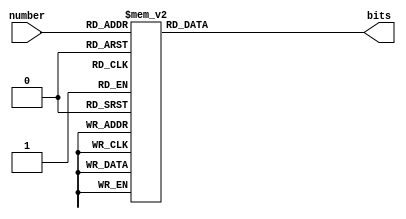
module sevenSegment(number,bits);
input [3:0] number;
output reg [6:0] bits=0;
always@(number)begin
	case(number)
	0: bits = 7'b1000000;
	1: bits = 7'b1111001;
	2: bits = 7'b0100100;
	3: bits = 7'b0110000;
	4: bits = 7'b0011001;
	5: bits = 7'b0010010;
	6: bits = 7'b0000010;
	7: bits = 7'b1111000;
	8: bits = 7'b0000000;
	9: bits = 7'b0010000;
	10: bits = 7'b0001000;
	11: bits = 7'b0000011;
	12: bits = 7'b1000110;
	13: bits = 7'b0100001;
	14: bits = 7'b0000110;
	15: bits = 7'b0001110;
	default: bits = 7'b0111111;
	endcase
end
endmodule